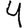
Digit: 4